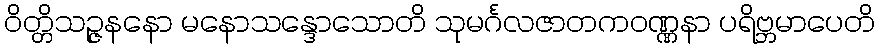
ဝိတ္တိသဉ္ဇနနော မနောသန္ဒောသောတိ သုမင်္ဂလဇာတကဝဏ္ဏနာ ပရိဗ္ဘမာပေတိ